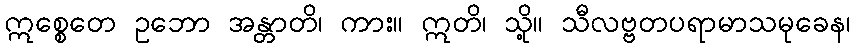
ဣစ္စေတေ ဥဘော အန္တာတိ၊ ကား။ ဣတိ၊ သို့။ သီလဗ္ဗတပရာမာသမုခေန၊